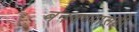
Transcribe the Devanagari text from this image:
बनवण्यासही